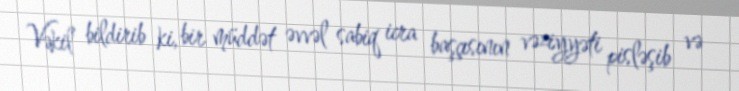
Vəkil bildirib ki, bir müddət əvvəl sabiq icra başçısının vəziyyəti pisləşib və